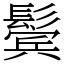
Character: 鬓